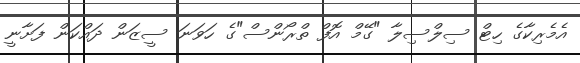
އެމެރިކާގެ ހިޓް ސިލްސިލާ "ގޭމް އޮފް ތްރޯންސް"ގެ ހަވަނަ ސީޒަން ދައްކަން ފަށާނީ